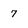
Character: 7